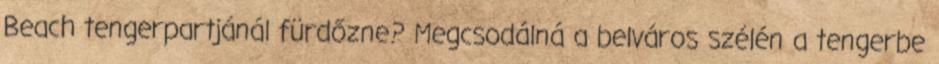
Beach tengerpartjánál fürdőzne? Megcsodálná a belváros szélén a tengerbe